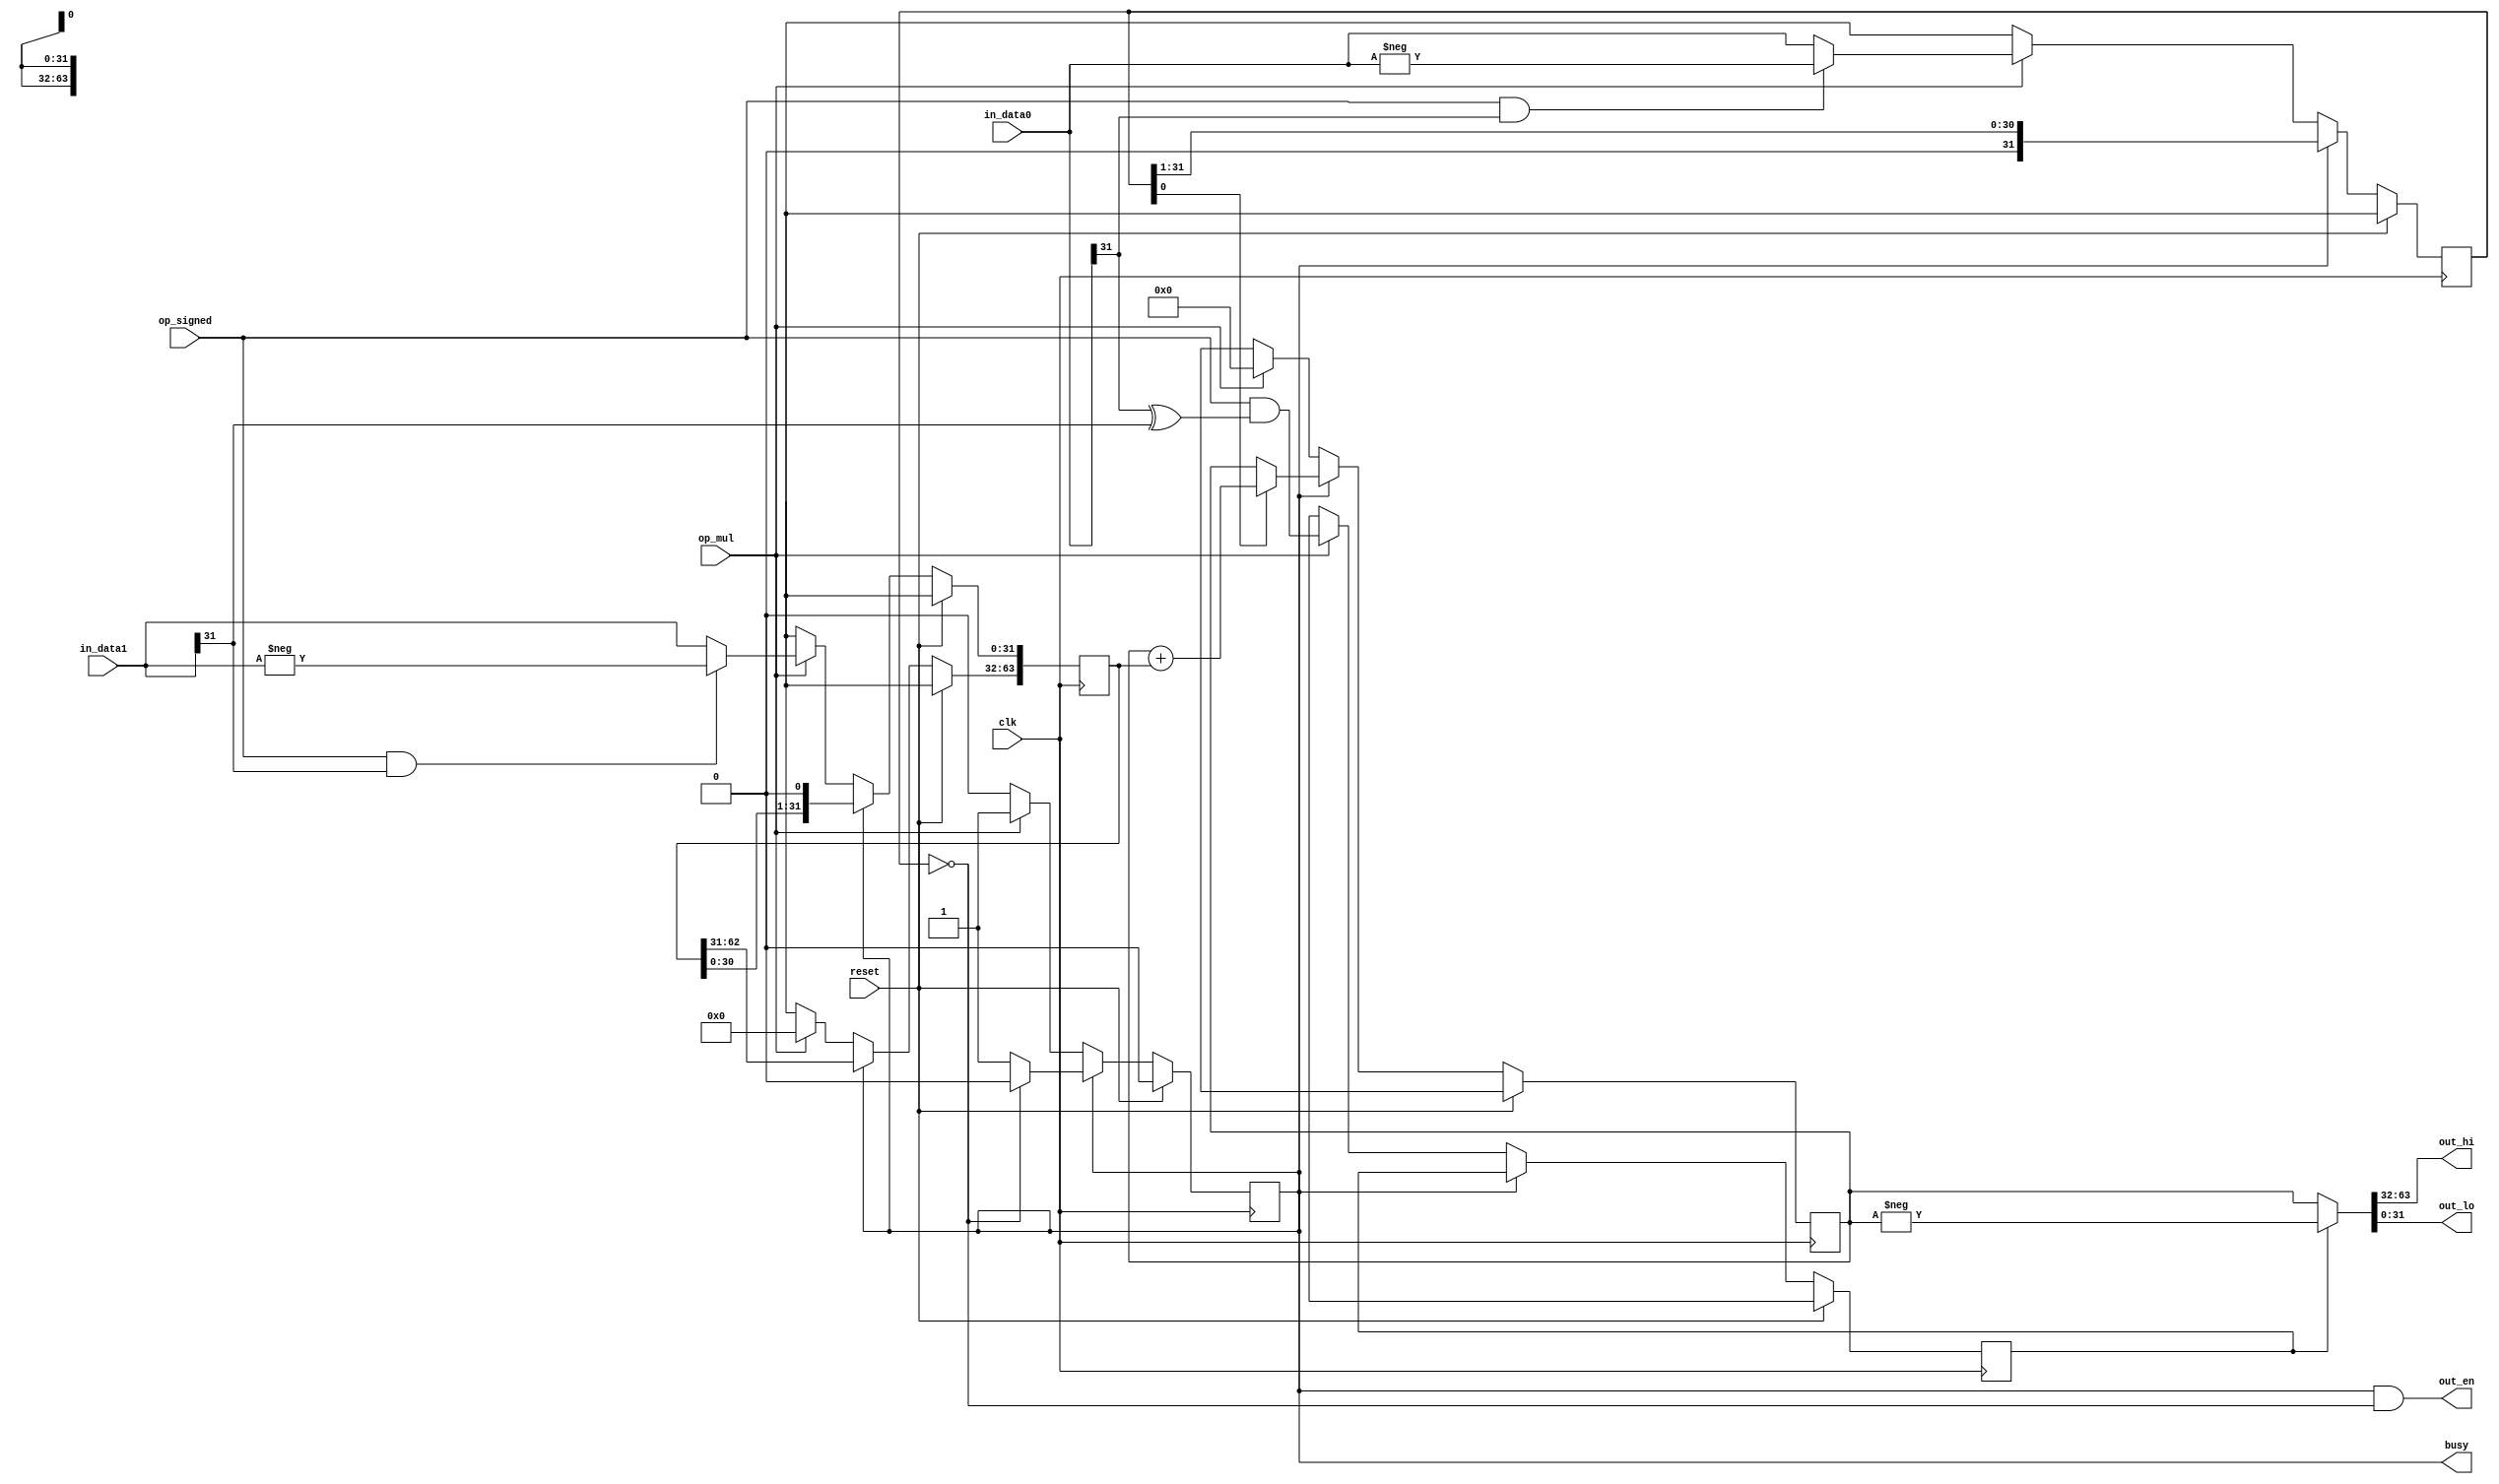
// ---------------------------------------------------------------------------
//  Jelly  -- the soft-core processor system
//    MIPS like CPU core
//
//                                  Copyright (C) 2008-2010 by Ryuji Fuchikami
//                                  https://github.com/ryuz/jelly.git
// ---------------------------------------------------------------------------



`timescale       1ns / 1ps
`default_nettype none



// Multiplier
module jelly_cpu_multiplier
        #(
            parameter                           DATA_WIDTH = 32,
            parameter                           CYCLE      = 33
        )
        (
            input   wire                        reset,
            input   wire                        clk,
            
            input   wire                        op_mul,
            input   wire                        op_signed,
            
            input   wire    [DATA_WIDTH-1:0]    in_data0,
            input   wire    [DATA_WIDTH-1:0]    in_data1,
            
            output  wire                        out_en,
            output  wire    [DATA_WIDTH-1:0]    out_hi,
            output  wire    [DATA_WIDTH-1:0]    out_lo,
            
            output  wire                        busy
        );
    
    
    
    wire    signed  [DATA_WIDTH:0]          signed_data0;
    wire    signed  [DATA_WIDTH:0]          signed_data1;
    
    assign signed_data0[DATA_WIDTH]     = op_signed ? in_data0[DATA_WIDTH-1] : op_signed;
    assign signed_data0[DATA_WIDTH-1:0] = in_data0[DATA_WIDTH-1:0];
    assign signed_data1[DATA_WIDTH]     = op_signed ? in_data1[DATA_WIDTH-1] : op_signed;
    assign signed_data1[DATA_WIDTH-1:0] = in_data1[DATA_WIDTH-1:0];
    
    
    generate
    genvar      i;
    if ( CYCLE ==0 ) begin
        // multiplier
        assign {out_hi, out_lo} = signed_data0 * signed_data1;
        assign out_en           = op_mul;
        assign busy             = 1'b0;
    end
    else if ( CYCLE < 2 ) begin
        // pipelined multiplier
        reg     [(DATA_WIDTH*2)-1:0]    reg_out_data    [0:CYCLE-1];
        integer                         j;
        always @ ( posedge clk ) begin
            reg_out_data[0] <= signed_data0 * signed_data1;
            for ( j = 1; j < CYCLE; j = j + 1 ) begin
                reg_out_data[j] <= reg_out_data[j-1];
            end
        end
        assign {out_hi, out_lo} = reg_out_data[CYCLE-1];
        
        // busy control
        reg                         reg_out_en;
        reg     [CYCLE-1:0]         reg_busy;
        wire    [CYCLE-1:0]         next_busy;
        assign next_busy = (reg_busy >> 1);
        always @ ( posedge clk ) begin
            if ( reset ) begin
                reg_busy   <= {CYCLE{1'b0}};
                reg_out_en <= 1'b0;
            end
            else begin
                if ( op_mul ) begin
                    reg_busy <= {CYCLE{1'b1}};
                end
                else begin
                    reg_busy <= next_busy;
                end
                
                reg_out_en <= reg_busy[0] & !next_busy[0];
            end
        end
        assign out_en = reg_out_en;
        assign busy   = reg_busy[0];
    end
    else begin
        // adder multiplier
        reg                                     reg_busy;
        reg                                     reg_negative;
        reg     [DATA_WIDTH-1:0]                reg_in_data0;
        reg     [(DATA_WIDTH*2)-1:0]            reg_in_data1;
        reg     [(DATA_WIDTH*2)-1:0]            reg_out_data;
        
        always @ ( posedge clk ) begin
            if ( reset ) begin
                reg_busy     <= 1'b0;
                reg_negative <= 1'bx;
                reg_in_data0 <= {(DATA_WIDTH){1'bx}};
                reg_in_data1 <= {(DATA_WIDTH*2){1'bx}};
                reg_out_data <= {(DATA_WIDTH*2){1'bx}};
            end
            else begin
                if ( !reg_busy ) begin
                    if ( op_mul ) begin
                        // start
                        reg_busy                                <= 1'b1;
                        reg_negative                            <= op_signed & (in_data0[DATA_WIDTH-1] ^ in_data1[DATA_WIDTH-1]);
                        reg_in_data0                            <= op_signed & in_data0[DATA_WIDTH-1] ? -signed_data0 : signed_data0;
                        reg_in_data1[DATA_WIDTH-1:0]            <= op_signed & in_data1[DATA_WIDTH-1] ? -signed_data1 : signed_data1;
                        reg_in_data1[DATA_WIDTH*2-1:DATA_WIDTH] <= {DATA_WIDTH{1'b0}};
                        reg_out_data                            <= {(DATA_WIDTH*2){1'b0}};
                    end
                    else begin
                        // idle
                        reg_busy     <= reg_busy;
                        reg_negative <= 1'bx;
                        reg_in_data0 <= {DATA_WIDTH{1'bx}};
                        reg_in_data1 <= {(DATA_WIDTH*2){1'bx}};
                        reg_out_data <= {(DATA_WIDTH*2){1'bx}};
                    end
                end
                else begin
                    if ( reg_in_data0[DATA_WIDTH-1:0] == 0 ) begin
                        reg_busy   <= 1'b0;
                    end
                    reg_negative <= reg_negative;
                    reg_in_data0 <= (reg_in_data0 >> 1);
                    reg_in_data1 <= (reg_in_data1 << 1);
                    if ( reg_in_data0[0] ) begin
                        reg_out_data <= reg_out_data + reg_in_data1;
                    end
                end
            end
        end
        
        assign out_en           = reg_busy & (reg_in_data0[DATA_WIDTH-1:0] == 0);
        assign {out_hi, out_lo} = reg_negative ? -reg_out_data : reg_out_data;
        assign busy             = reg_busy;
    end
    endgenerate
    
endmodule



`default_nettype wire



// end of file